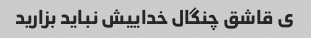
ی قاشق چنگال خداییش نباید بزارید